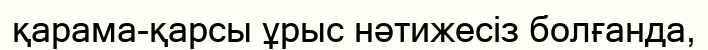
қарама-қарсы ұрыс нәтижесіз болғанда,